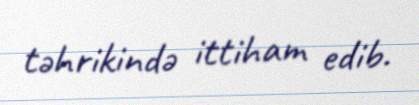
təhrikində ittiham edib.